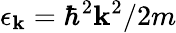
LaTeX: \epsilon_{\mathbf{k}}=\hbar^{2}\mathbf{k}^{2}/2m